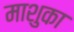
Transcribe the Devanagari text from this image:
माशुका